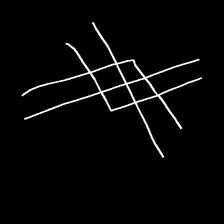
Glyph: crystal